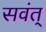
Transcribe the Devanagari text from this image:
सवंत्‌